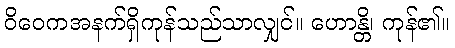
ဝိဝေကအနက်ရှိကုန်သည်သာလျှင်။ ဟောန္တိ၊ ကုန်၏။